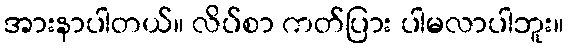
အားနာပါတယ်။ လိပ်စာ ကတ်ပြား ပါမလာပါဘူး။